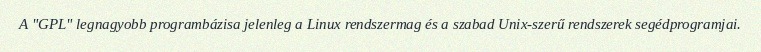
A "GPL" legnagyobb programbázisa jelenleg a Linux rendszermag és a szabad Unix-szerű rendszerek segédprogramjai.